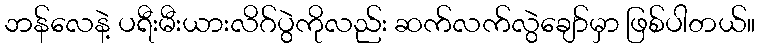
ဘန်လေနဲ့ ပရီးမီးယားလိဂ်ပွဲကိုလည်း ဆက်လက်လွဲချော်မှာ ဖြစ်ပါတယ်။